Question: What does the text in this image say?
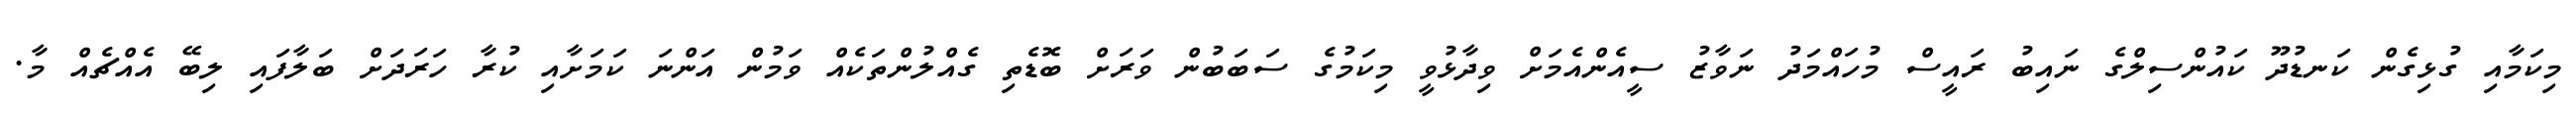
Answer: މިކަމާއި ގުޅިގެން ކަނޑުދޫ ކައުންސިލްގެ ނައިބު ރައީސް މުހައްމަދު ނަވާޒު ސީއެންއެމަށް ވިދާޅުވީ މިކަމުގެ ސަބަބުން ވަރަށް ބޮޑެތި ގެއްލުންތަކެއް ވަމުން އަންނަ ކަމަށާއި ކުރާ ހަރަދަށް ބަލާފައި ލިބޭ އެއްޗެއް މާ.